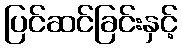
ပြင်ဆင်ခြင်းနှင့်